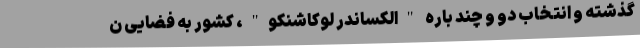
گذشته و انتخاب دو و چند باره "الکساندر لوکاشنکو"، کشور به فضایی ن